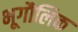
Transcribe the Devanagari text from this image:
भूगौलिक